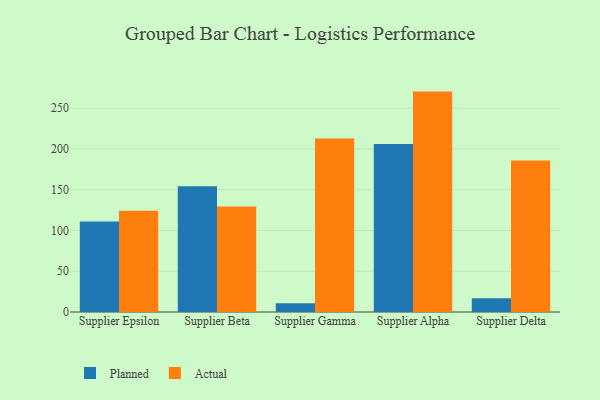
{"axis": {"x": "Supplier", "y": "Bounce Rate (%)"}, "legend": ["Actual", "Planned"], "data": [{"x": "Supplier Epsilon", "y": 111.1, "type": "Planned"}, {"x": "Supplier Epsilon", "y": 124.3, "type": "Actual"}, {"x": "Supplier Beta", "y": 154.3, "type": "Planned"}, {"x": "Supplier Beta", "y": 129.5, "type": "Actual"}, {"x": "Supplier Gamma", "y": 10.6, "type": "Planned"}, {"x": "Supplier Gamma", "y": 212.9, "type": "Actual"}, {"x": "Supplier Alpha", "y": 206.1, "type": "Planned"}, {"x": "Supplier Alpha", "y": 270.4, "type": "Actual"}, {"x": "Supplier Delta", "y": 17.0, "type": "Planned"}, {"x": "Supplier Delta", "y": 185.8, "type": "Actual"}]}